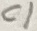
Text: C1